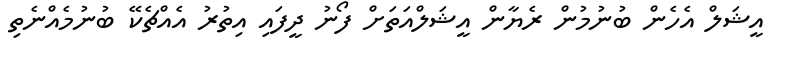
އީޝަލް އެހެން ބުނުމުން ރެޔާން އީޝަލްއަތަށް ފޯނު ދީފައި އިތުރު އެއްޗެކޭ ބުނުމެއްނެތި